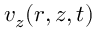
v _ { z } ( r , z , t )